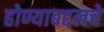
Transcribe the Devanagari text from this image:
होण्याबद्दलचे